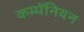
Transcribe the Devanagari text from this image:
कम्पॅनियन